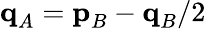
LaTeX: \textbf{q}_{A}=\textbf{p}_{B}-\textbf{q}_{B}/2